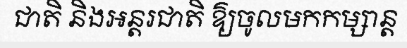
ជាតិ និងអន្តរជាតិ ឱ្យចូលមកកម្សាន្ត